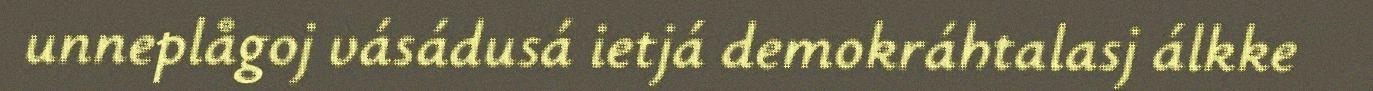
unneplågoj vásádusá ietjá demokráhtalasj álkke